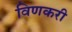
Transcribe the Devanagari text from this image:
विणकरी